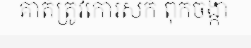
គាត់ត្រូវកោរសក់ ពុកចង្កា